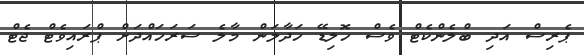
ޕެރިސް އަދި ބްލެންކެޓް ވެސް ހޮލިޑޭ ހަދާލަން މާލެ ސަރަހައްދަށް ޕްރައިވެޓް ޖެޓް